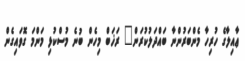
ޢާއިލާގެ ހުރިހާ މެންބަރުންނާ ބައްދަލުކުރަން" ރަޚަބް މިހެން ބުނެ މުސްކުޅި މަންމަ ގޮވައިގެން